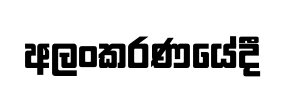
අලංකරණයේදී